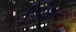
પિટીશન